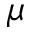
\mu